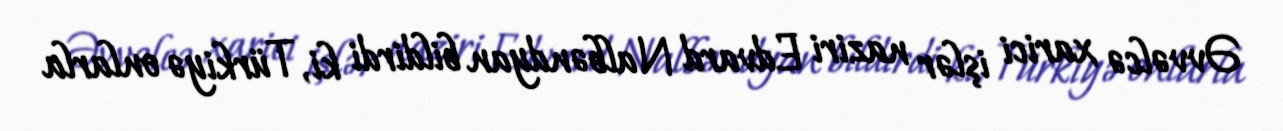
Əvvəlcə xarici işlər naziri Edvard Nalbəndyan bildirdi ki, Türkiyə onlarla